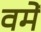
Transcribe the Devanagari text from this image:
वमें